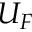
U _ { F }